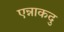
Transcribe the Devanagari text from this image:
एन्नाकदु